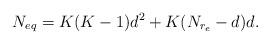
LaTeX: \begin{align*} N_{eq} &= K(K-1)d^2+K(N_{r_e}-d)d.\end{align*}